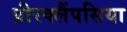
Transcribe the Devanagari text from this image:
प्रीरक्लैंपसिया